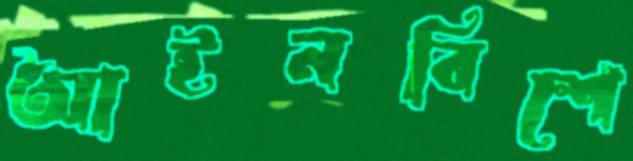
আইনবিশে